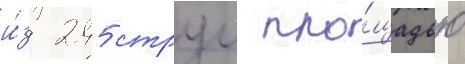
и́з 245 струи пло́щадью